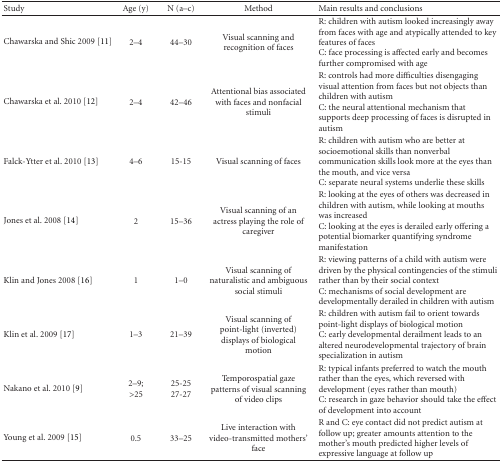
<table><thead><tr><td><b>Study</b></td><td><b>Age (y)</b></td><td><b>N (a–c)</b></td><td><b>Method</b></td><td><b>Main results and conclusions</b></td></tr></thead><tbody><tr><td>Chawarska and Shic 2009 [11]</td><td>2–4</td><td>44–30</td><td>Visual scanning and recognition of faces</td><td>R: children with autism looked increasingly away from faces with age and atypically attended to key features of facesC: face processing is affected early and becomes further compromised with age</td></tr><tr><td>Chawarska et al. 2010 [12]</td><td>2–4</td><td>42–46</td><td>Attentional bias associated with faces and nonfacial stimuli</td><td>R: controls had more difficulties disengaging visual attention from faces but not objects than children with autismC: the neural attentional mechanism that supports deep processing of faces is disrupted in autism</td></tr><tr><td>Falck-Ytter et al. 2010 [13]</td><td>4–6</td><td>15-15</td><td>Visual scanning of faces</td><td>R: children with autism who are better at socioemotional skills than nonverbal communication skills look more at the eyes than the mouth, and vice versaC: separate neural systems underlie these skills</td></tr><tr><td>Jones et al. 2008 [14]</td><td>2</td><td>15–36</td><td>Visual scanning of an actress playing the role of caregiver</td><td>R: looking at the eyes of others was decreased in children with autism, while looking at mouths was increasedC: looking at the eyes is derailed early offering a potential biomarker quantifying syndrome manifestation</td></tr><tr><td>Klin and Jones 2008 [16]</td><td>1</td><td>1–0</td><td>Visual scanning of naturalistic and ambiguous social stimuli</td><td>R: viewing patterns of a child with autism were driven by the physical contingencies of the stimuli rather than by their social contextC: mechanisms of social development are developmentally derailed in children with autism</td></tr><tr><td>Klin et al. 2009 [17]</td><td>1–3</td><td>21–39</td><td>Visual scanning of point-light (inverted) displays of biological motion</td><td>R: children with autism fail to orient towards point-light displays of biological motion C: early developmental derailment leads to an altered neurodevelopmental trajectory of brain specialization in autism</td></tr><tr><td>Nakano et al. 2010 [9]</td><td>2–9; &gt;25</td><td>25-2527-27</td><td>Temporospatial gaze patterns of visual scanning of video clips</td><td>R: typical infants preferred to watch the mouth rather than the eyes, which reversed with development (eyes rather than mouth) C: research in gaze behavior should take the effect of development into account</td></tr><tr><td>Young et al. 2009 [15]</td><td>0.5</td><td>33–25</td><td>Live interaction with video-transmitted mothers&#x27; face</td><td>R and C: eye contact did not predict autism at follow up; greater amounts attention to the mother&#x27;s mouth predicted higher levels of expressive language at follow up</td></tr></tbody></table>